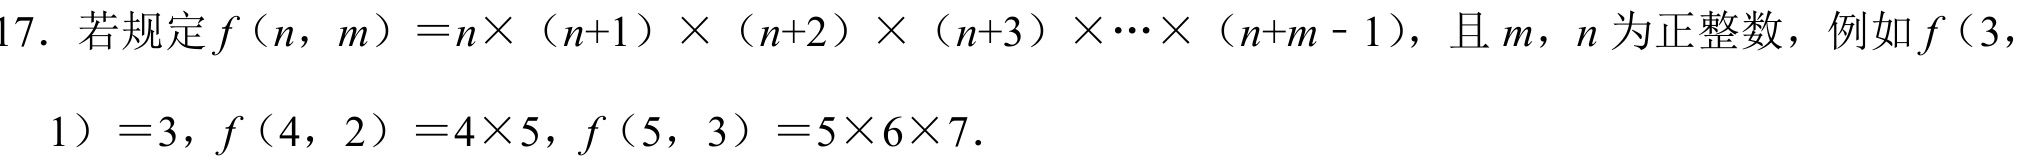
17. 若规定\(f(n,m)=n\times(n + 1)\times(n + 2)\times(n + 3)\times\cdots\times(n + m - 1)\)，且\(m\)，\(n\)为正整数，例如\(f(3,1)=3\)，\(f(4,2)=4\times5\)，\(f(5,3)=5\times6\times7\).